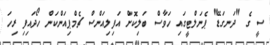
ސީ ގެ "ދަނގަޑޭ" ޕެނަލްޓީގައި ހަވާސް ބަލިކޮށް އަފިލިއަންސް ޗެމްޕިއަންކަން ހޯދައިފި ރިހަ